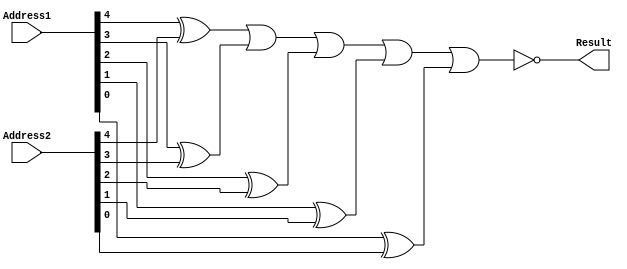
`timescale 1ns / 1ps
//////////////////////////////////////////////////////////////////////////////////
// Company: 
// Engineer: 
// 
// Design Name: 
// Module Name: AddressComparator
// Project Name: 
// Target Devices: 
// Tool Versions: 
// Description: 
// 
// Dependencies: 
// 
// Revision:
// Revision 0.01 - File Created
// Additional Comments:
// 
//////////////////////////////////////////////////////////////////////////////////


module AddressComparator5Bit(Address1, Address2, Result);
    output Result;
    input [4:0] Address1, Address2;
    
    wire Result;
    wire orAddrResult;
    wire [4:0] Address1, Address2, xorAddress;
    
    assign xorAddress[4] = Address1[4] ^ Address2[4];
    assign xorAddress[3] = Address1[3] ^ Address2[3];
    assign xorAddress[2] = Address1[2] ^ Address2[2];
    assign xorAddress[1] = Address1[1] ^ Address2[1];
    assign xorAddress[0] = Address1[0] ^ Address2[0];
    assign orAddrResult = xorAddress[4] | xorAddress[3] | xorAddress[2] | xorAddress[1] | xorAddress[0];
    assign Result = !(orAddrResult);
    
endmodule